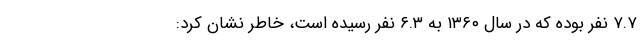
۷.۷ نفر بوده که در سال ۱۳۶۰ به ۶.۳ نفر رسیده است، خاطر نشان کرد: